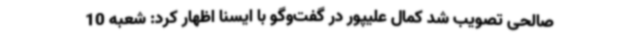
صالحی تصویب شد کمال علیپور در گفت‌وگو با ایسنا اظهار کرد: شعبه 10